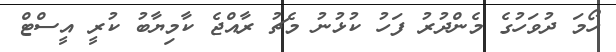
ހޯމަ ދުވަހުގެ މެންދުރު ފަހު ކުޅުނު މެޗު ރާއްޖެ ކާމިޔާބު ކުރީ އީސްޓް